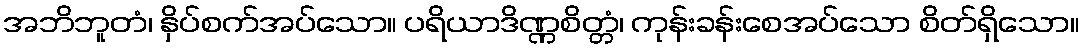
အဘိဘူတံ၊ နှိပ်စက်အပ်သော။ ပရိယာဒိဏ္ဏစိတ္တံ၊ ကုန်းခန်းစေအပ်သော စိတ်ရှိသော။